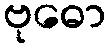
ဗုဓော